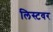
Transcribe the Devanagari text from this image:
लिस्टवर